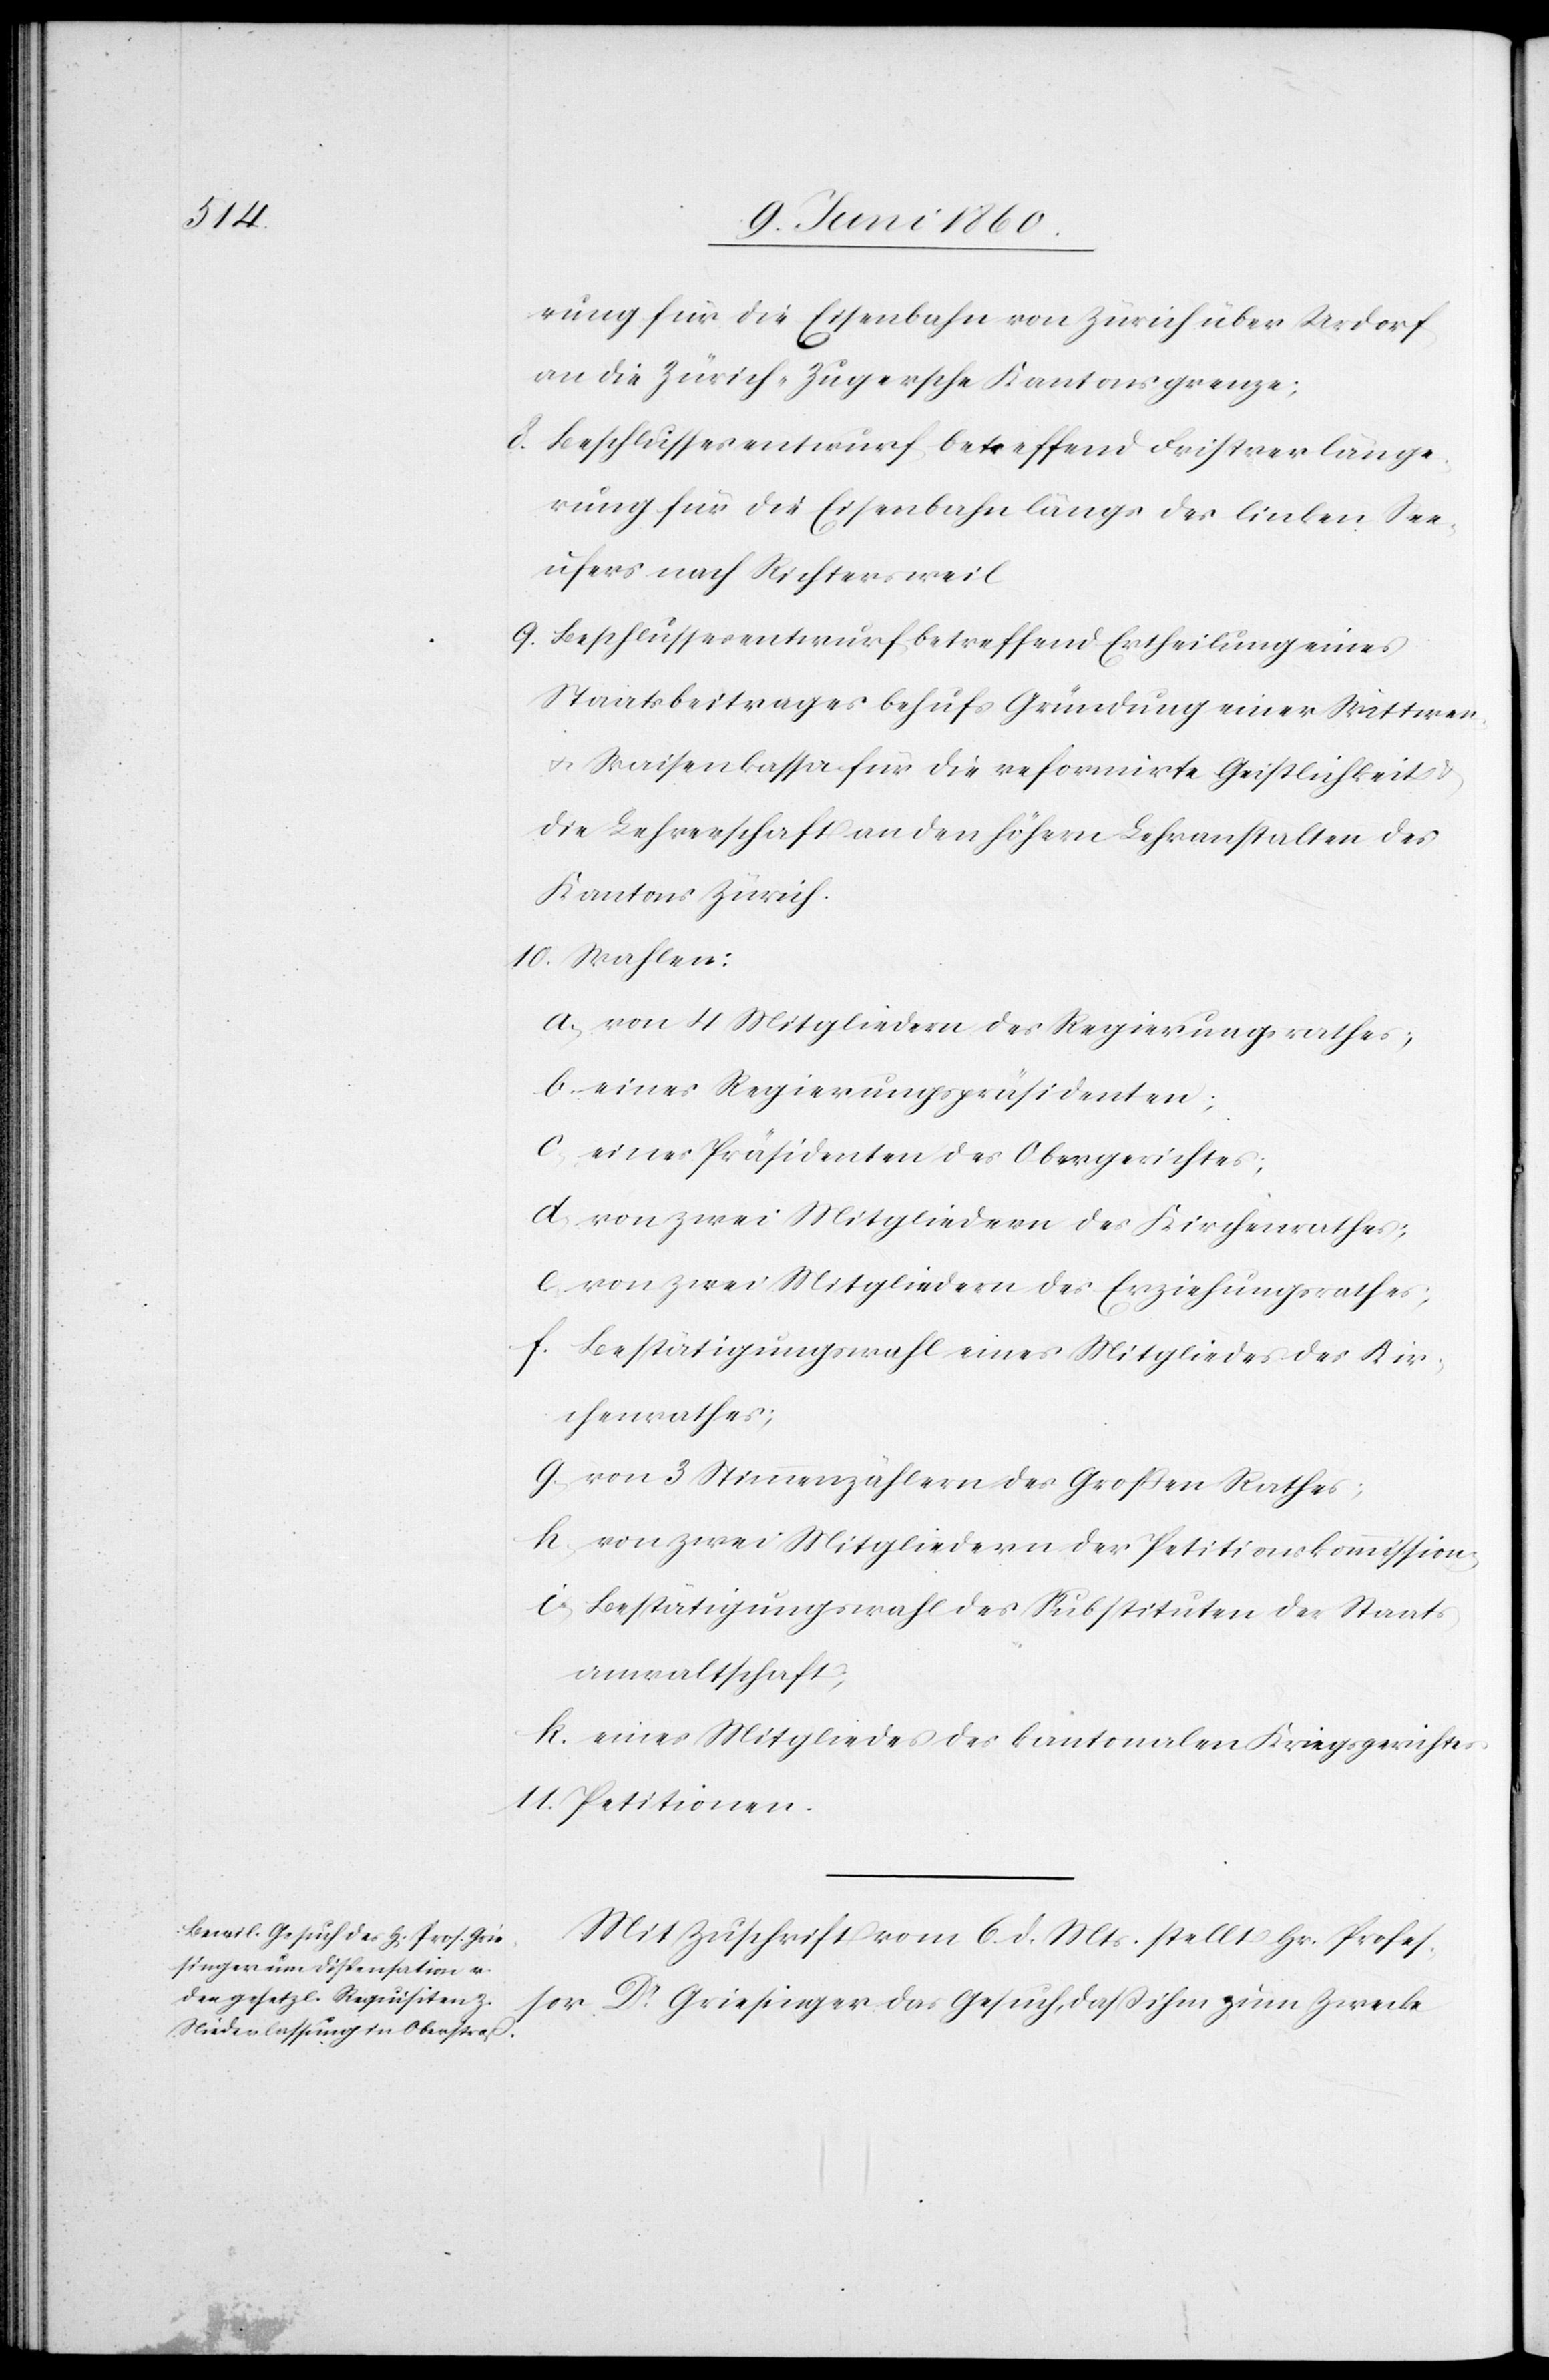
rung für die Eisenbahn von Zürich über Urdorf
an die Zürich-Zugerische Kantonsgrenze.
8. Beschlussesentwurf betreffend Fristverlänge¬
rung für die Eisenbahn längs des linken See¬
ufers nach Richtersweil.
9. Beschlussesentwurf betreffend Ertheilung eines
Staatsbeitrages behufs Gründung einer Wittwen[-]
u. Waisenkassa für die reformirte Geistlichkeit u.
die Lehrerschaft an den höhern Lehranstalten des
Kantons Zürich.
10. Wahlen:
a. von 4 Mitgliedern des Regierungsrathes;
b. eines Regierungspräsidenten;
c. eines Präsidenten des Obergerichtes;
d. von zwei Mitgliedern des Kirchenrathes;
e. von zwei Mitgliedern des Erziehungsrathes;
f. Bestätigungswahl eines Mitgliedes des Kir¬
chenrathes;
g. von 3 Stimmenzählern des Grossen Rathes;
h. von zwei Mitgliedern der Petitionskommission;
i. Bestätigungswahl des Substituten der Staats¬
anwaltschaft;
k. eines Mitgliedes des kantonalen Kriegsgerichtes;
11. Petitionen.
Mit Zuschrift vom 6. d. Mts. stellt Hr. Profes¬
sor Dr Griesinger das Gesuch, dass ihm zum Zwecke